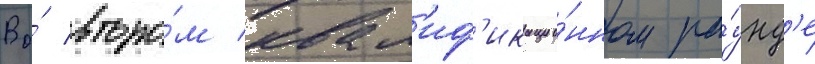
Во́ второ́м квал'иф'икацио́нном ра́унд'е